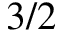
3 / 2